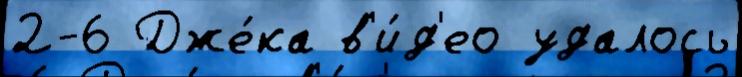
2-6 Дже́ка в'и́д'ео удалось